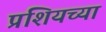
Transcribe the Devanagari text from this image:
प्रशियच्या